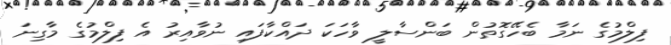
ފިލްމުގެ ނަމާ ބެހޭގޮތުން ބަންސާލީ ވާހަކަ ދައްކާފައި ނުވާއިރު އެ ފިލްމުގެ މާގިނަ